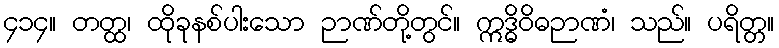
၄၁၄။ တတ္ထ၊ ထိုခုနစ်ပါးသော ဉာဏ်တို့တွင်။ ဣဒ္ဓိဝိဓဉာဏံ၊ သည်။ ပရိတ္တ။